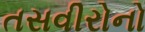
તસવીરોનો